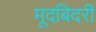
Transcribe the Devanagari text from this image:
मूदबिदरी